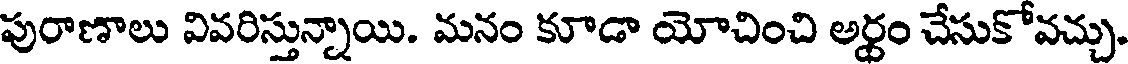
పురాణాలు వివరిస్తున్నాయి. మనం కూడా యోచించి అర్ధం చేసుకోవచ్చు.